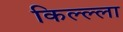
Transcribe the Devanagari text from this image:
किल्ल्‍ला